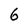
Character: 6